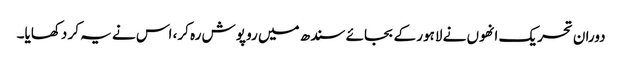
دوران تحریک انھوں نے لاہور کے بجائے سندھ میں رو پوش رہ کر، اس نے یہ کر دکھایا۔